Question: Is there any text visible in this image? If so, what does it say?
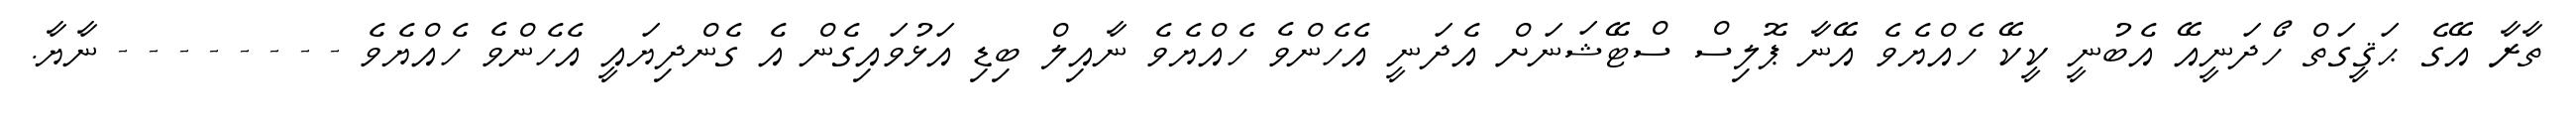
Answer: ތާރާ އޭގެ ޙަޤީގަތް ހޯދަނީއޭ އެބުނީ ކީކޭ ހެއްޔެވެ އޭނާ ޕޮލިސް ސްޓޭޝަނަށް އެދަނީ އެހެންވެ ހެއްޔެވެ ނާއިލް ބިޑި އަޅުވައިގެން އެ ގެންދިޔައީ އެހެންވެ ހެއްޔެވެ - - - - - - - - ނާޔާ.